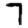
Digit: 7